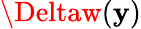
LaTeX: \Deltaw(\mathbf{y})